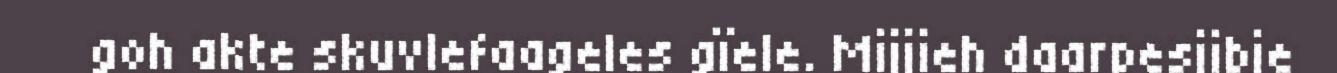
goh akte skuvlefaageles gïele. Mijjieh daarpesjibie